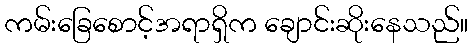
ကမ်းခြေစောင့်အရာရှိက ချောင်းဆိုးနေသည်။